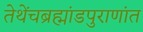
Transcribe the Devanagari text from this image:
तेथेंचब्रह्मांडपुराणांत